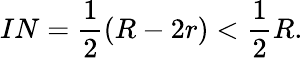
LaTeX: IN={\frac{1}{2}}(R-2r)<{\frac{1}{2}}R.